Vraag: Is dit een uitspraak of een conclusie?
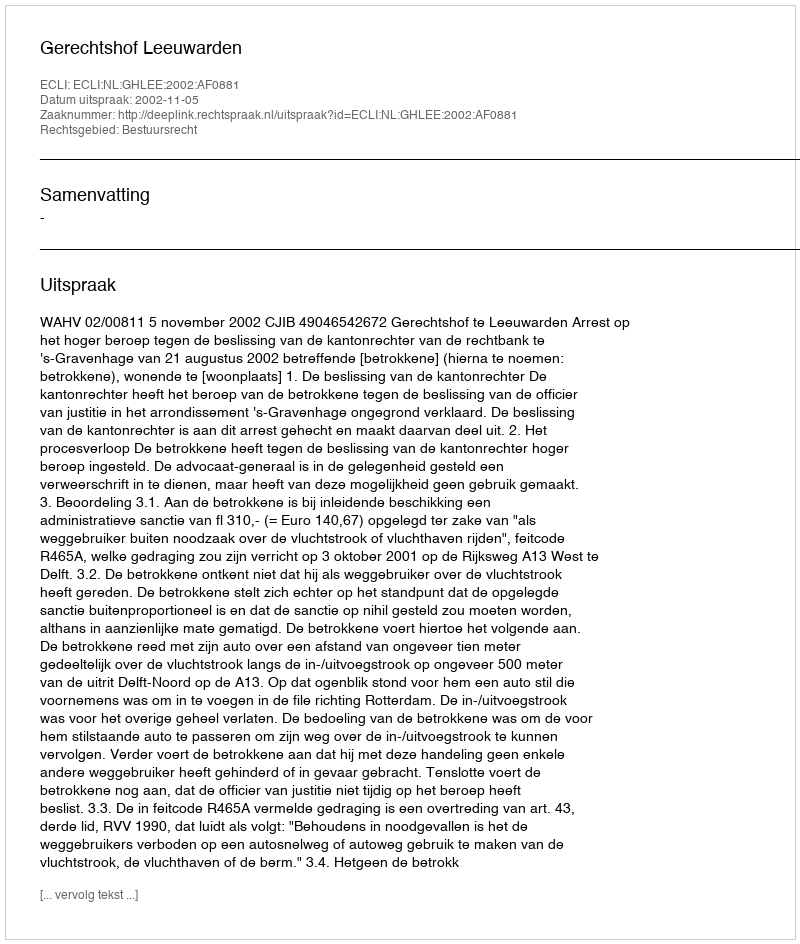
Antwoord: Uitspraak